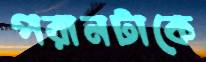
পরানটাকে